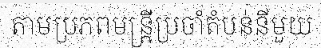
តាមប្រភពមន្ត្រីប្រចាំតំបន់នីមួយ